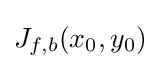
J_{f,b}(x_{0},y_{0})